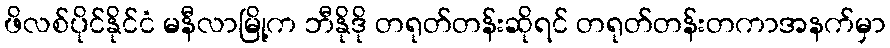
ဖိလစ်ပိုင်နိုင်ငံ မနီလာမြို့က ဘီနိုဒို တရုတ်တန်းဆိုရင် တရုတ်တန်းတကာအနက်မှာ